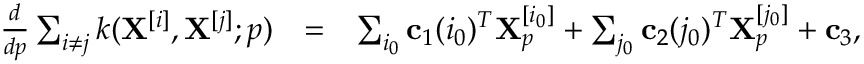
\begin{array} { r l r } { \frac { d } { d { p } } \sum _ { i \neq j } k ( \mathbf { X } ^ { [ i ] } , \mathbf { X } ^ { [ j ] } ; p ) } & { = } & { \sum _ { i _ { 0 } } \mathbf { c } _ { 1 } ( i _ { 0 } ) ^ { T } \mathbf { X } _ { p } ^ { [ i _ { 0 } ] } + \sum _ { j _ { 0 } } \mathbf { c } _ { 2 } ( j _ { 0 } ) ^ { T } \mathbf { X } _ { p } ^ { [ j _ { 0 } ] } + \mathbf { c } _ { 3 } , } \end{array}